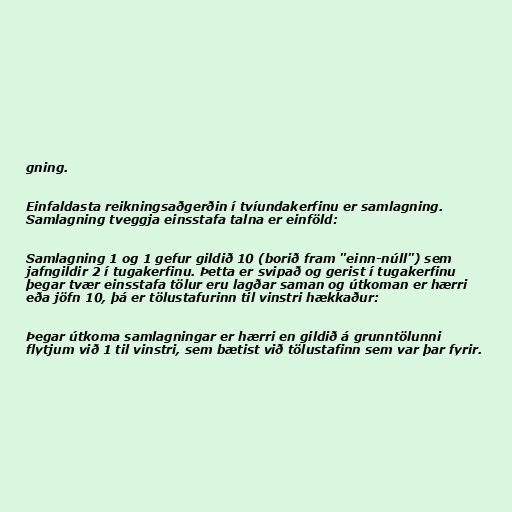
gning.

Einfaldasta reikningsaðgerðin í tvíundakerfinu er samlagning.
Samlagning tveggja einsstafa talna er einföld:

Samlagning 1 og 1 gefur gildið 10 (borið fram "einn-núll") sem
jafngildir 2 í tugakerfinu. Þetta er svipað og gerist í tugakerfinu
þegar tvær einsstafa tölur eru lagðar saman og útkoman er hærri
eða jöfn 10, þá er tölustafurinn til vinstri hækkaður:

Þegar útkoma samlagningar er hærri en gildið á grunntölunni
flytjum við 1 til vinstri, sem bætist við tölustafinn sem var þar fyrir.